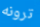
ترونه